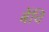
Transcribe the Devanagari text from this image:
बेंचि